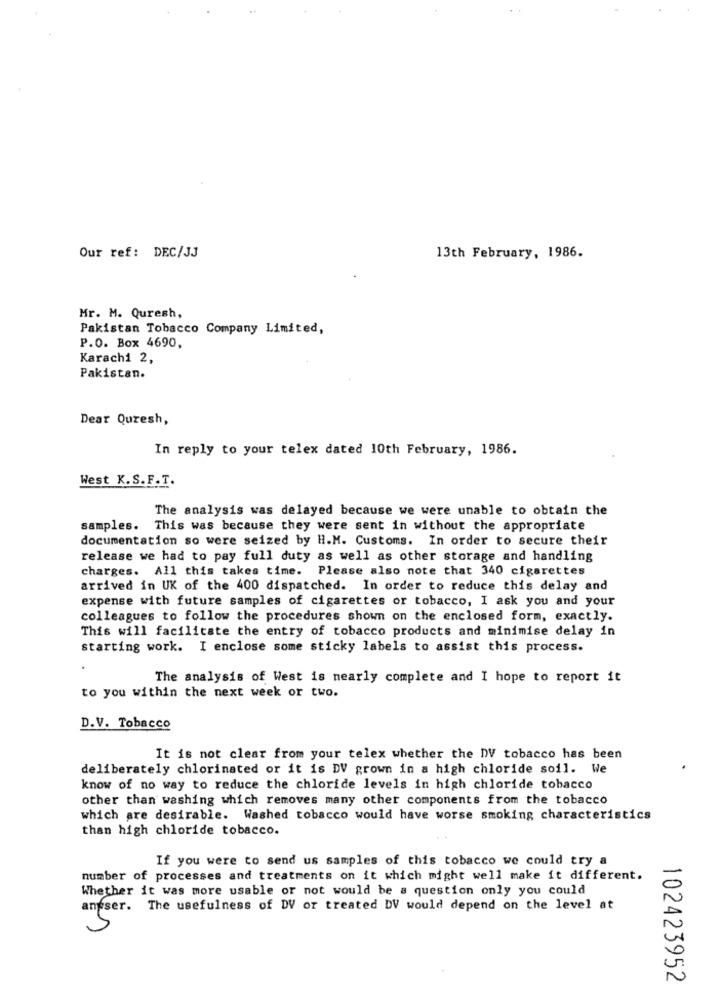
Our ref: DEC/JJ
13th February, 1986.
Mr. M. Quresh,
Pakistan Tobacco Company Limited,
P.O. Box 4690,
Karachi 2,
Pakistan.
Dear Quresh,
In reply to your telex dated 10th February, 1986.
West K.S.F.T.
The analysis was delayed because we were unable to obtain the
samples. This was because they were sent in without the appropriate
documentation so were seized by H.M. Customs. In order to secure their
release we had to pay full duty as well as other storage and handling
charges. All this takes time. Please also note that 340 cigarettes
arrived in UK of the 400 dispatched. In order to reduce this delay and
expense with future samples of cigarettes or tobacco, I ask you and your
colleagues to follow the procedures shown on the enclosed form, exactly.
This will facilitate the entry of tobacco products and minimise delay in
starting work. I enclose some sticky labels to assist this process.
.
The analysis of West is nearly complete and I hope to report it
to you within the next week or two.
D.V. Tobacco
It is not clear from your telex whether the DV tobacco has been
deliberately chlorinated or it is DV grown in a high chloride soil. We
know of no way to reduce the chloride levels in high chloride tobacco
other than washing which removes many other components from the tobacco
which are desirable. Washed tobacco would have worse smoking characteristics
than high chloride tobacco.
If you were to send us samples of this tobacco we could try a
number of processes and treatments on it which might well make it different.
Whether it was more usable or not would be a question only you could
anser. The usefulness of DV or treated DV would depend on the level at
102423952